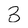
Character: 3